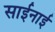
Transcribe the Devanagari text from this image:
साईनाई